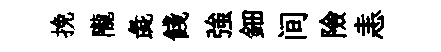
挽隴彘餞強鈿间險恚